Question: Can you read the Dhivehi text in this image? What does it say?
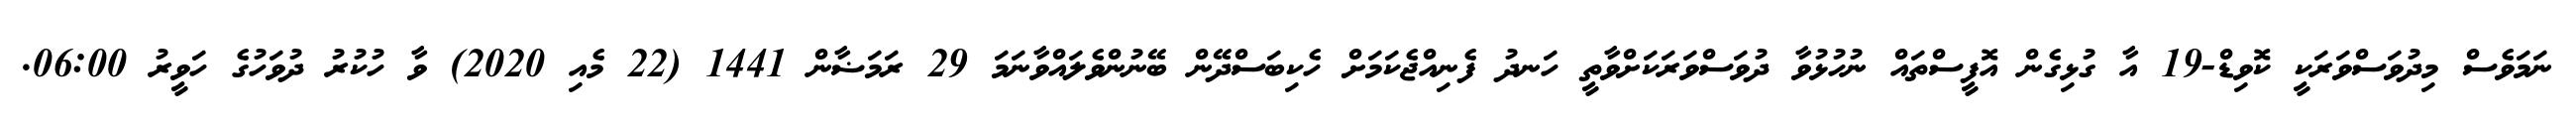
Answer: ނަމަވެސް މިދުވަސްވަރަކީ ކޮވިޑް-19 އާ ގުޅިގެން އޮފީސްތައް ނުހުޅުވާ ދުވަސްވަރަކަށްވާތީ ހަނދު ފެނިއްޖެކަމަށް ހެކިބަސްދޭން ބޭނުންވެލައްވާނަމަ 29 ރަމަޟާން 1441 (22 މެއި 2020) ވާ ހުކުރު ދުވަހުގެ ހަވީރު 06:00.